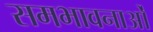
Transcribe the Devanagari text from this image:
समभावनाओं